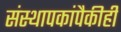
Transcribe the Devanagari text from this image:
संस्थापकांपैकीही